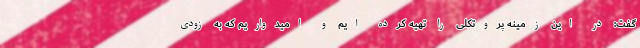
گفت: در این زمینه پروتکلی را تهیه کرده ایم و امیدواریم که به زودی